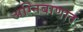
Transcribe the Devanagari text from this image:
अग्निबाणात